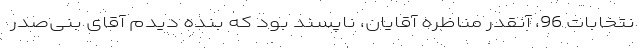
نتخابات 96، آنقدر مناظره آقایان، ناپسند بود که بنده دیدم آقای بنی‌صدر